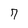
Character: 7